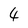
Character: 4